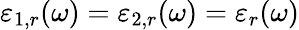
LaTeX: \varepsilon_{1,r}(\omega)=\varepsilon_{2,r}(\omega)=\varepsilon_{r}(\omega)